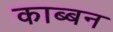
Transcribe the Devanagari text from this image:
काब्बन